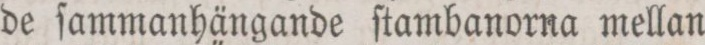
de ſammanhängande ſtambanorna mellan